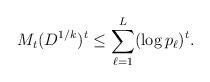
LaTeX: \begin{align*}M_t(D^{1/k})^t \leq \sum_{\ell = 1}^L (\log p_\ell)^t.\end{align*}